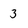
Character: 3